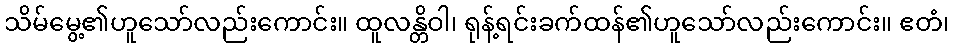
သိမ်မွေ့၏ဟူသော်လည်းကောင်း။ ထူလန္တိဝါ၊ ရုန့်ရင်းခက်ထန်၏ဟူသော်လည်းကောင်း။ ဧတံ၊